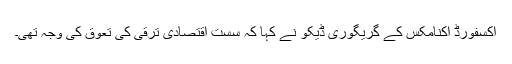
آکسفورڈ اکنامکس کے گریگوری ڈیکو نے کہا کہ سست اقتصادی ترقی کی تعوق کی وجہ تھی۔